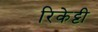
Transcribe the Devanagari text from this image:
रिकेट्टी